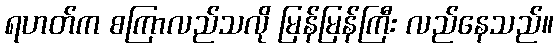
ရဟတ်က စကြာလည်သလို မြန်မြန်ကြီး လည်နေသည်။